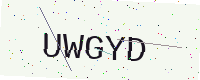
Text: UWGYD